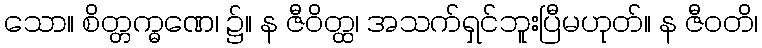
သော။ စိတ္တက္ဓဏေ၊ ၌။ န ဇီဝိတ္ထ၊ အသက်ရှင်ဘူးပြီမဟုတ်။ န ဇီဝတိ၊